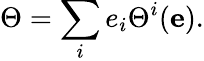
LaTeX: \Theta=\sum_{i}e_{i}\Theta^{i}(\mathbf{e}).